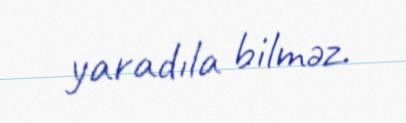
yaradıla bilməz.